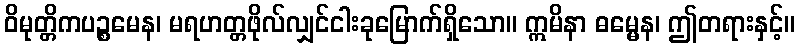
ဝိမုတ္တိကပဉ္စမေန၊ မရဟတ္တဖိုလ်လျှင်ငါးခုမြောက်ရှိသော။ ဣမိနာ ဓမ္မေန၊ ဤတရားနှင့်။